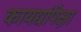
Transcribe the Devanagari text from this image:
कायद्यांपेक्षा